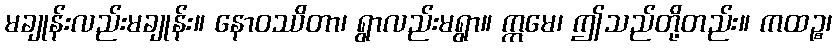
မချုန်းလည်းမချုန်း။ နောဝဿိတာ၊ ရွာလည်းမရွာ။ ဣမေ၊ ဤသည်တို့တည်း။ ကထဉ္စ၊